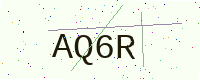
Text: AQ6R